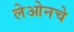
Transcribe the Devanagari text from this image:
लेओनचे